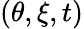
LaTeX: (\theta,\xi,t)